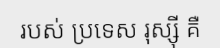
របស់ ប្រទេស រុស្ស៊ី គឺ